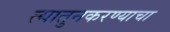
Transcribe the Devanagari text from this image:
त्यातुनकरण्याचा